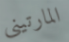
المارتيني